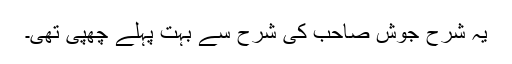
یہ شرح جوش صاحب کی شرح سے بہت پہلے چھپی تھی۔